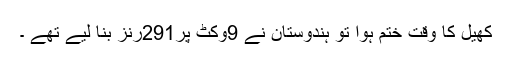
کھیل کا وقت ختم ہوا تو ہندوستان نے 9وکٹ پر291رنز بنا لیے تھے ۔